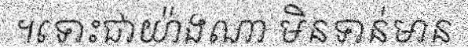
។ទោះជាយ៉ាងណា មិនទាន់មាន